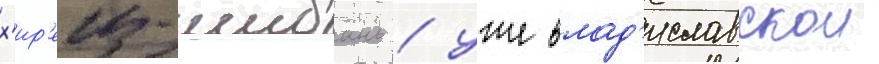
х'ир'еиз-шибань / уже влад'иславскои